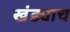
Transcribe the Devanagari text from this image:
खंड्याच